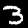
Digit: 3